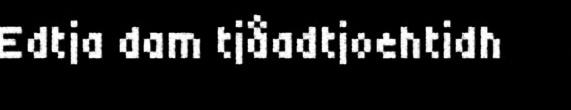
Edtja dam tjåadtjoehtidh